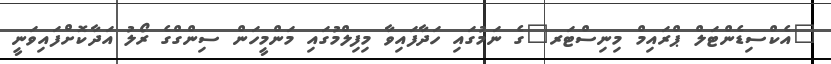
"އެކްސިޑެންޓަލް ޕްރައިމް މިނިސްޓަރ"ގެ ނަމުގައި ހަދާފައިވާ މިފިލްމުގައި މަންމީހަން ސިންގްގެ ރޯލު އަދާކޮށްފައިވަނީ